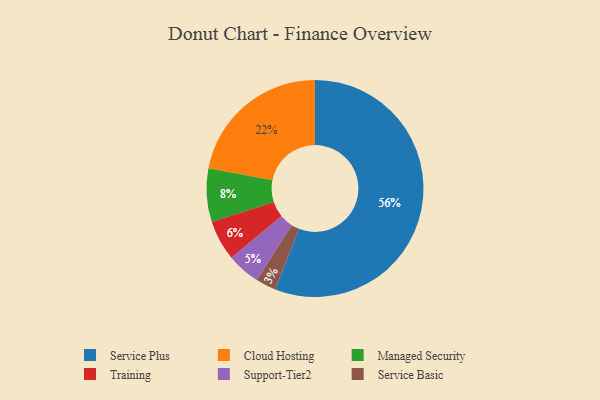
{"axis": {"x": "Category", "y": "Percentage"}, "legend": ["Cloud Hosting", "Managed Security", "Service Basic", "Service Plus", "Support-Tier2", "Training"], "data": [{"x": "Cloud Hosting", "y": 22, "type": "Cloud Hosting"}, {"x": "Service Basic", "y": 3, "type": "Service Basic"}, {"x": "Support-Tier2", "y": 5, "type": "Support-Tier2"}, {"x": "Managed Security", "y": 8, "type": "Managed Security"}, {"x": "Training", "y": 6, "type": "Training"}, {"x": "Service Plus", "y": 56, "type": "Service Plus"}]}